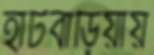
হাটবাড়িয়ায়